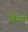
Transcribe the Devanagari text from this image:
विज्ज्ती